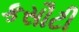
કસૌટી